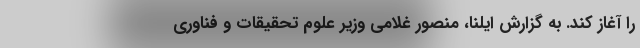
را آغاز کند. به گزارش ایلنا، منصور غلامی وزیر علوم تحقیقات و فناوری